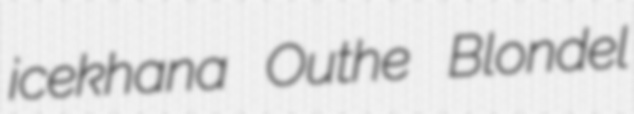
icekhana Outhe Blondel